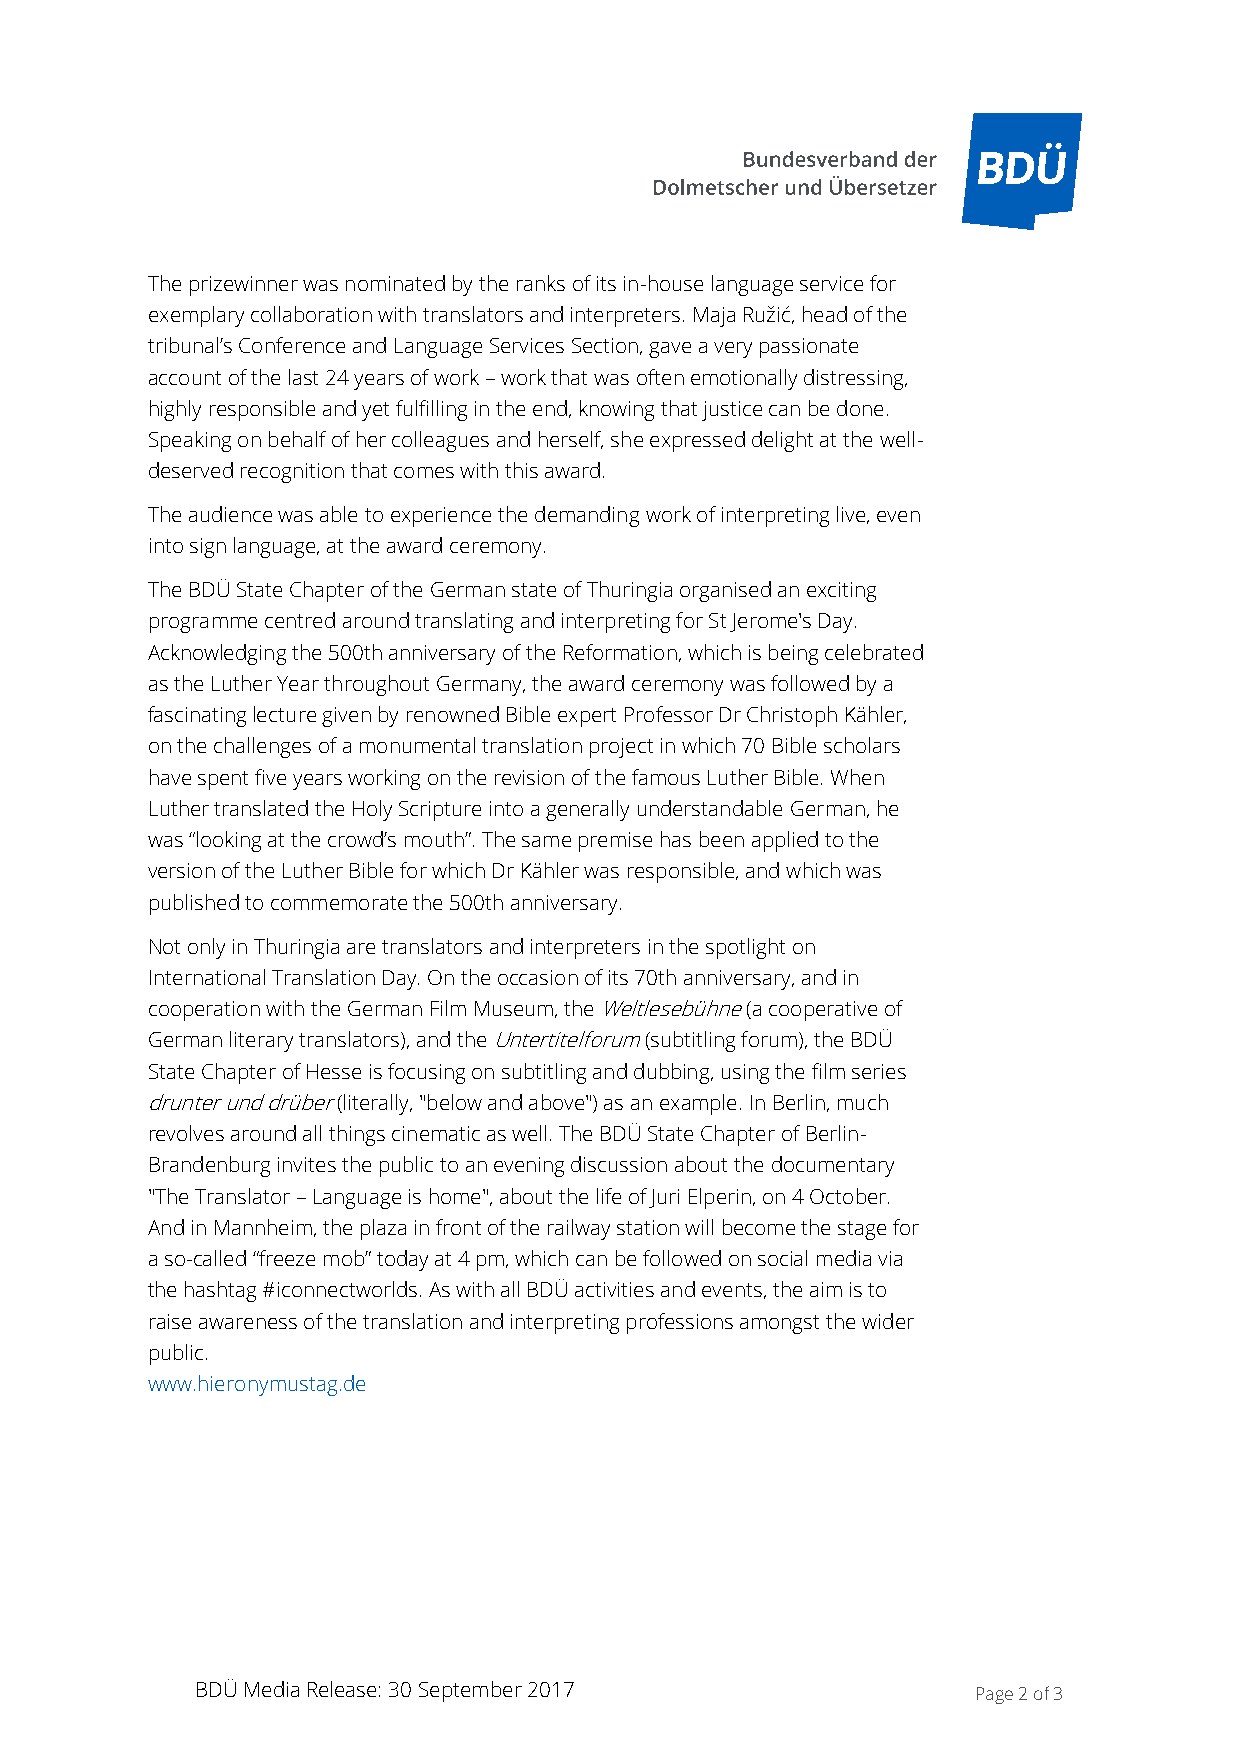
The prizewinner was nominated by the ranks of its in-house language service for
 exemplary collaboration with translators and interpreters. Maja Ružić, head of the
 tribunal’s Conference and Language Services Section, gave a very passionate
 account of the last 24 years of work – work that was often emotionally distressing,
 highly responsible and yet fulfilling in the end, knowing that justice can be done.
 Speaking on behalf of her colleagues and herself, she expressed delight at the well-
 deserved recognition that comes with this award.
 The audience was able to experience the demanding work of interpreting live, even
 into sign language, at the award ceremony.
 The BDÜ State Chapter of the German state of Thuringia organised an exciting
 programme centred around translating and interpreting for St Jerome's Day.
 Acknowledging the 500th anniversary of the Reformation, which is being celebrated
 as the Luther Year throughout Germany, the award ceremony was followed by a
 fascinating lecture given by renowned Bible expert Professor Dr Christoph Kähler,
 on the challenges of a monumental translation project in which 70 Bible scholars
 have spent five years working on the revision of the famous Luther Bible. When
 Luther translated the Holy Scripture into a generally understandable German, he
 was “looking at the crowd’s mouth”. The same premise has been applied to the
 version of the Luther Bible for which Dr Kähler was responsible, and which was
 published to commemorate the 500th anniversary.
 Not only in Thuringia are translators and interpreters in the spotlight on
 International Translation Day. On the occasion of its 70th anniversary, and in
 cooperation with the German Film Museum, the Weltlesebühne (a cooperative of
 German literary translators), and the Untertitelforum (subtitling forum), the BDÜ
 State Chapter of Hesse is focusing on subtitling and dubbing, using the film series
 drunter und drüber (literally, "below and above") as an example. In Berlin, much
 revolves around all things cinematic as well. The BDÜ State Chapter of Berlin-
 Brandenburg invites the public to an evening discussion about the documentary
 "The Translator – Language is home", about the life of Juri Elperin, on 4 October.
 And in Mannheim, the plaza in front of the railway station will become the stage for
 a so-called “freeze mob” today at 4 pm, which can be followed on social media via
 the hashtag #iconnectworlds. As with all BDÜ activities and events, the aim is to
 raise awareness of the translation and interpreting professions amongst the wider
 public.
 www.hieronymustag.de
 BDÜ Media Release: 30 September 2017                Page 2 of 3